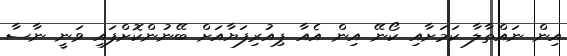
އިން ނައްތާލާ ކަމަށާއި ކޯނޭ އިން އެއާ ޕިއުރިފަޔާއަށް ބޭނުންކޮށްފައި ވަނީ ނާސާ